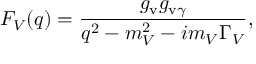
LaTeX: F _ { V } ( q ) = { \frac { g _ { \mathrm { v } } g _ { \mathrm { v } \gamma } } { q ^ { 2 } - m _ { V } ^ { 2 } - i m _ { V } \Gamma _ { V } } } ,